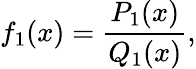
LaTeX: f_{1}(x)={\frac{P_{1}(x)}{Q_{1}(x)}},